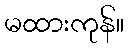
မထားကုန်။